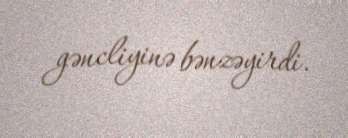
gəncliyinə bənzəyirdi.